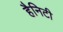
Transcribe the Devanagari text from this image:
हैनिटी